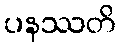
ပနဿတိ